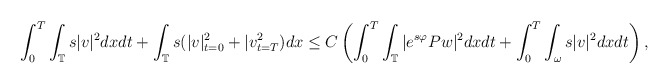
\begin{align*} \int_{0}^{T}\int_{\mathbb{T}}s|v|^2dxdt+\int_{\mathbb{T}}s(|v|_{t=0}^{2}+|v_{t=T}^{2})dx\leq C\left(\int_{0}^{T}\int_{\mathbb{T}}|e^{s\varphi}Pw|^2dxdt+\int_{0}^{T}\int_{\omega}s|v|^2dxdt\right),\end{align*}